Calcutta medical institutions reports 1871-78
Year: 1871
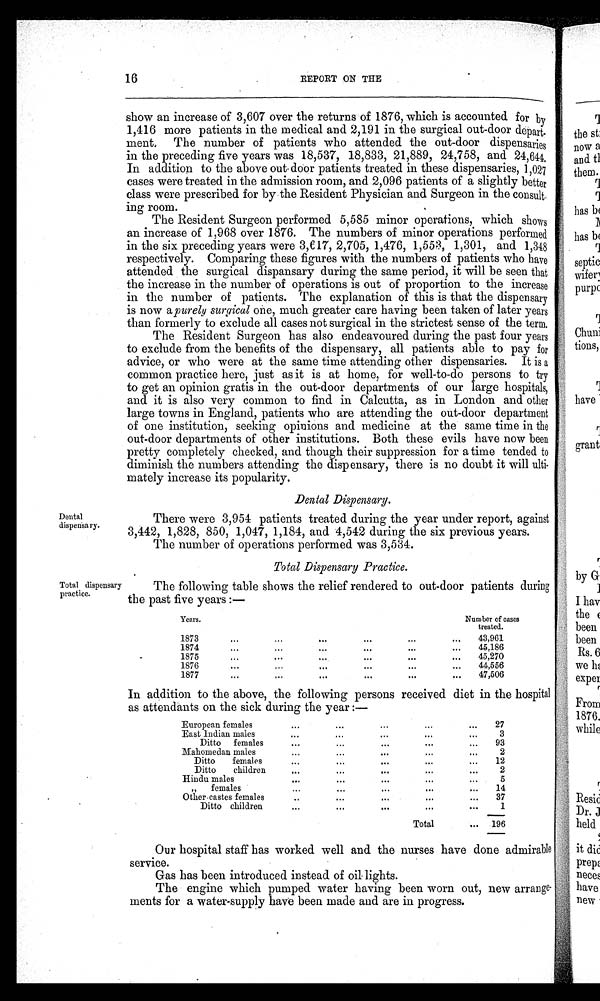
16
REPORT ON THE
show an increase of 3,607 over the returns of 1876, which is accounted for by
1,416 more patients in the medical and 2,191 in the surgical out-door
d e p a r t - m e n t . T h e n u m b e r o f p a t i e n t s w h o a t t e n d e d t h e o u t - d o o r d i s p e n s a r i e s
in the preceding five years was 18,537, 18,833, 21,889, 24,758, and 24,644.
In addition to the above out door patients treated in these dispensaries, 1,027
cases were treated in the admission room, and 2,096 patients of a slightly better
class were prescribed for by the Resident Physician and Surgeon in the consult
-ing room.
The Resident Surgeon performed 5,585 minor operations, which shows
an increase of 1,968 over 1876. The numbers of minor operations performed
in the six preceding years were 3,617, 2,705, 1,476, 1,553, 1,301, and 1,348
respectively. Comparing these figures with the numbers of patients who have
attended the surgical dispansary during the same period, it will be seen that
the increase in the number of operations is out of proportion to the increase
in the number of patients. The explanation of this is that the dispensary
is now a purely surgical one, much greater care having been taken of later years
than formerly to exclude all cases not surgical in the strictest sense of the term.
The Resident Surgeon has also endeavoured during the past four years
to exclude from the benefits of the dispensary, all patients able to pay for
advice, or who were at the same time attending other dispensaries. It is a
common practice here, just as it is at home, for well-to-do persons to try
to get an opinion gratis in the out-door departments of our large hospitals,
and it is also very common to find in Calcutta, as in London and other
large towns in England, patients who are attending the out-door department
of one institution, seeking opinions and medicine at the same time in the
out-door departments of other institutions. Both these evils have now been
pretty completely checked, and though their suppression for a time tended to
diminish the numbers attending the dispensary, there is no doubt it will ulti-
mately increase its popularity.
Dental Dispensary.
Dental
dispensary.
Total dispensary
practice.
There were 3,954 patients treated during the year under report, against
3,442, 1,828, 850, 1,047, 1,184, and 4,542 during the six previous years.
The number of operations performed was 3,534.
Total Dispensary Practice.
The following table shows the relief rendered to out-door patients during
the past five years :—
Years.
Number of cases
treated.
1873
...
...
...
...
...
...
43,961
187 4
...
...
.
... ... ... ...
45,186
1 8 7 5
..
... ... ... .... .. ...
45,270
187 6
...
. ..
. . .
... ... ... ...
44,556
187 7
...
. . .
...
. .
... ...
.
. . .
...
...
47,506
In addition to the above, the following persons received diet in the hospital
as attendants on the sick during the year :—
European females
...
...
. . .
... ...
... ...
27
East Indian males
...
...
...
...
...
3
Ditto
females
. . . . . .
. . .
. . . . . . . . .
. . .
..
.
93
Mahomedan males
...
...
...
.
.
.
...
2
Ditto
female
. . . . .
...
. . .
...
...
12
Ditto
children
.•.
...
...
. . .
2
Hindu males
...
. . .
...
. . .
...
5
,
females
...
...
. . .
. . .
14
Other castes female
...
...
...
37
Ditto children
...
...
. . .
..•
...
1
Total
...
196
Our hospital staff has worked well and the nurses have done admirable
service.
Gas has been introduced instead of oil lights.
The engine which pumped water having been worn out, new arrange-
meats for a water-supply have been made and are in progress.